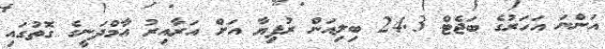
އަންނަ އަހަރުގެ ބަޖެޓް 24.3 ބިލިއަން ރުފިޔާ އަށް އަރާއިރު އާމްދަނީގެ ގޮތުގައި